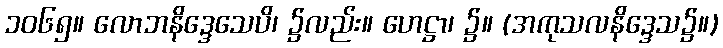
၁၀၆၅။ လောဘနိဒ္ဒေသေပိ၊ ၌လည်း။ ဟေဋ္ဌာ၊ ၌။ (အကုသလနိဒ္ဒေသ၌။)